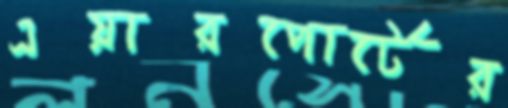
এয়ারপোর্টের